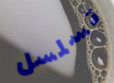
تسلسل